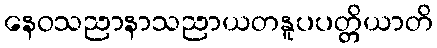
နေဝသညာနာသညာယတနူပပတ္တိယာတိ